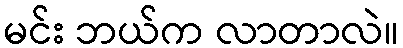
မင်း ဘယ်က လာတာလဲ။